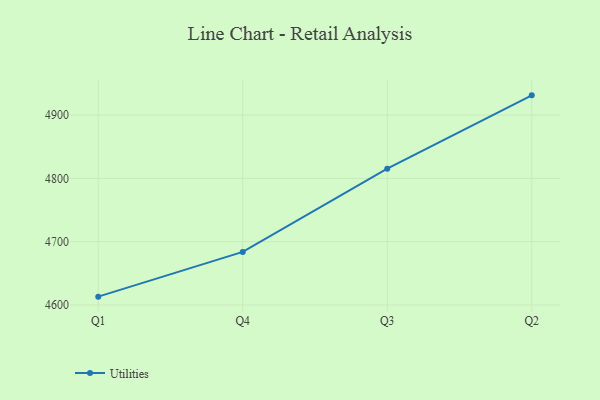
{"axis": {"x": "Quarter", "y": "Page Views"}, "legend": ["Utilities"], "data": [{"x": "Q1", "y": 4613.2, "type": "Utilities"}, {"x": "Q4", "y": 4683.8, "type": "Utilities"}, {"x": "Q3", "y": 4815.3, "type": "Utilities"}, {"x": "Q2", "y": 4931.0, "type": "Utilities"}]}